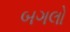
બગલો